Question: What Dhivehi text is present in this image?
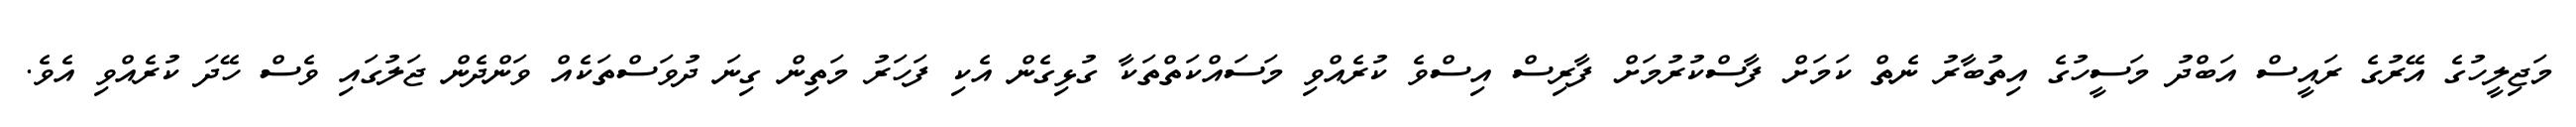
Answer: މަޖިލީހުގެ އޭރުގެ ރައީސް އަބްދު މަސީހުގެ އިތުބާރު ނެތް ކަމަށް ފާސްކުރުމަށް ފާރިސް އިސްވެ ކުރެއްވި މަސައްކަތްތަކާ ގުޅިގެން އެކި ފަހަރު މަތިން ގިނަ ދުވަސްތަކެއް ވަންދެން ޖަލުގައި ވެސް ހޭދަ ކުރެއްވި އެވެ.